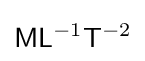
{\mathsf {M}}{\mathsf {L}}^{-1}{\mathsf {T}}^{-2}